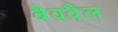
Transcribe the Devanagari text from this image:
बैववैल